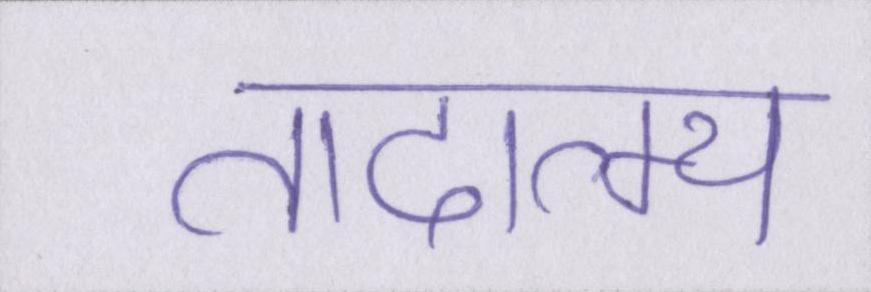
तादात्म्य